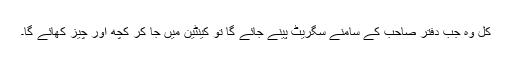
کل وہ جب دفتر صاحب کے سامنے سگریٹ پینے جائے گا تو کینٹین میں جا کر کچھ اور چیز کھائے گا۔